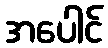
အပေါင်